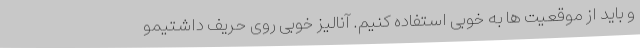
و باید از موقعیت ها به خوبی استفاده کنیم. آنالیز خوبی روی حریف داشتیمو